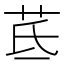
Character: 茋